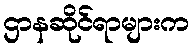
ဌာနဆိုင်ရာများက